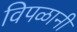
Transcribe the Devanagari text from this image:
विपळानी